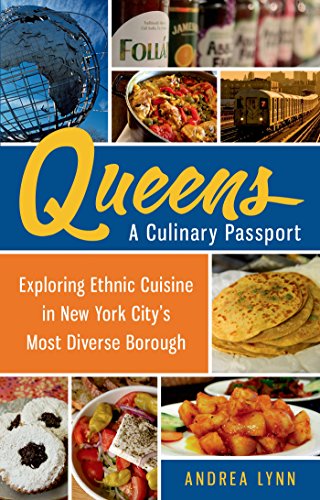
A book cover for Queens: A Culinary Passport: Exploring Ethnic Cuisine in New York City's Most Diverse Borough; Andrea Lynn; Cookbooks, Food & Wine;